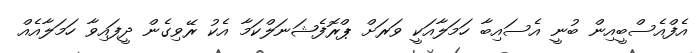
އެފްއެސްބީއިން ބުނީ އެސައިބާ ހަމަލާއަކީ ވަރަށް ޕްރޮފެޝަނަލްކަމާ އެކު ރޭވިގެން ދީފައިވާ ހަމަލާއެއް